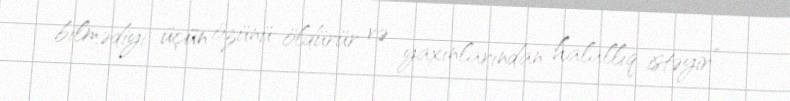
bilmədiyi üçün özünü öldürür və yaxınlarından halallıq istəyir”.